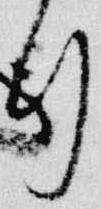
行